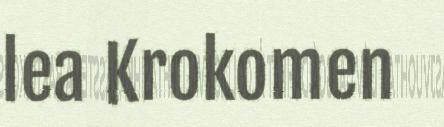
lea Krokomen